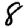
Digit: 8